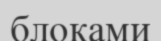
блоками